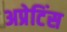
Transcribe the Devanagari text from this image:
अप्रेटिंस